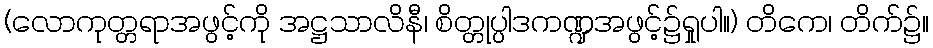
(လောကုတ္တရာအဖွင့်ကို အဋ္ဌသာလိနီ၊ စိတ္တုပ္ပါဒကဏ္ဍအဖွင့်၌ရှုပါ။) တိကေ၊ တိက်၌။